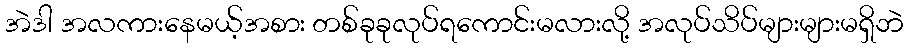
အဲဒါ အလကားနေမယ့်အစား တစ်ခုခုလုပ်ရကောင်းမလားလို့ အလုပ်သိပ်များများမရှိဘဲ